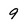
Character: 9